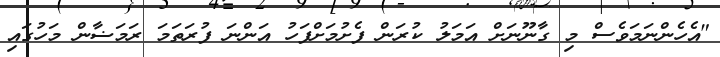
"އެހެންނަމަވެސް މި ގާނޫނަށް އަަމަލު ކުރަން ފެށުމަށްފަހު އަންނަ ފުރަތަމަ ރަމަޟާން މަހުގައި